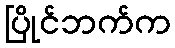
ပြိုင်ဘက်က